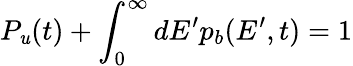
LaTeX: P_{\mathit{u}}(t)+\int_{0}^{\infty}dE^{\prime}p_{b}(E^{\prime},t)=1